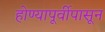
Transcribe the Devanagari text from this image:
होण्यापूर्वीपासून